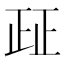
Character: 𰙤